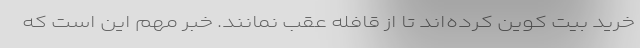
خرید بیت کوین کرده‌اند تا از قافله عقب نمانند. خبر مهم این است که